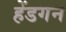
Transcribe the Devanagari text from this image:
हेंडगन